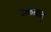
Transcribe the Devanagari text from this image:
टाकतात्